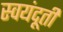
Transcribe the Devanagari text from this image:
स्वयंदूती